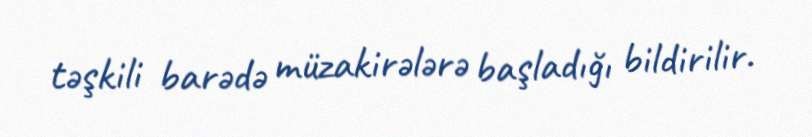
təşkili barədə müzakirələrə başladığı bildirilir.